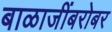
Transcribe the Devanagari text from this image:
बाळाजींबरोबर